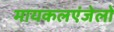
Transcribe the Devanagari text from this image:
मायकलएंजेलो